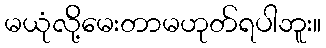
မယုံလို့်မေးတာမဟုတ်ရပါဘူး။